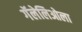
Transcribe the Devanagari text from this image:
गॅलेलिओला